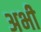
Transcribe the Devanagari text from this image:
अभीे